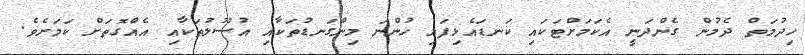
ހިދުމަތް ދެމުން ގެންދަނީ އެކަމަށްޓަކައި ކަނޑައެޅިފައި ހުންނަ މިންގަނޑުތަކާއި އުސޫލުތަކާއި އެއްގޮތަށް ކަމަށެވެ.